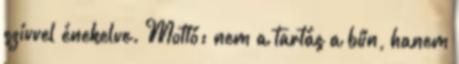
szívvel énekelve. Mottó: nem a tartás a bűn, hanem